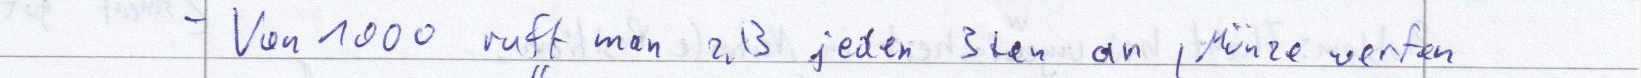
- Von 1000 ruft man z.B jeden 3ten an, Münze werfen